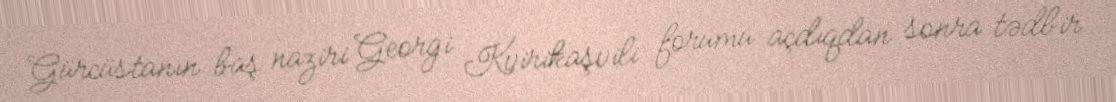
Gürcüstanın baş naziri Georgi Kvirikaşvili forumu açdıqdan sonra tədbir